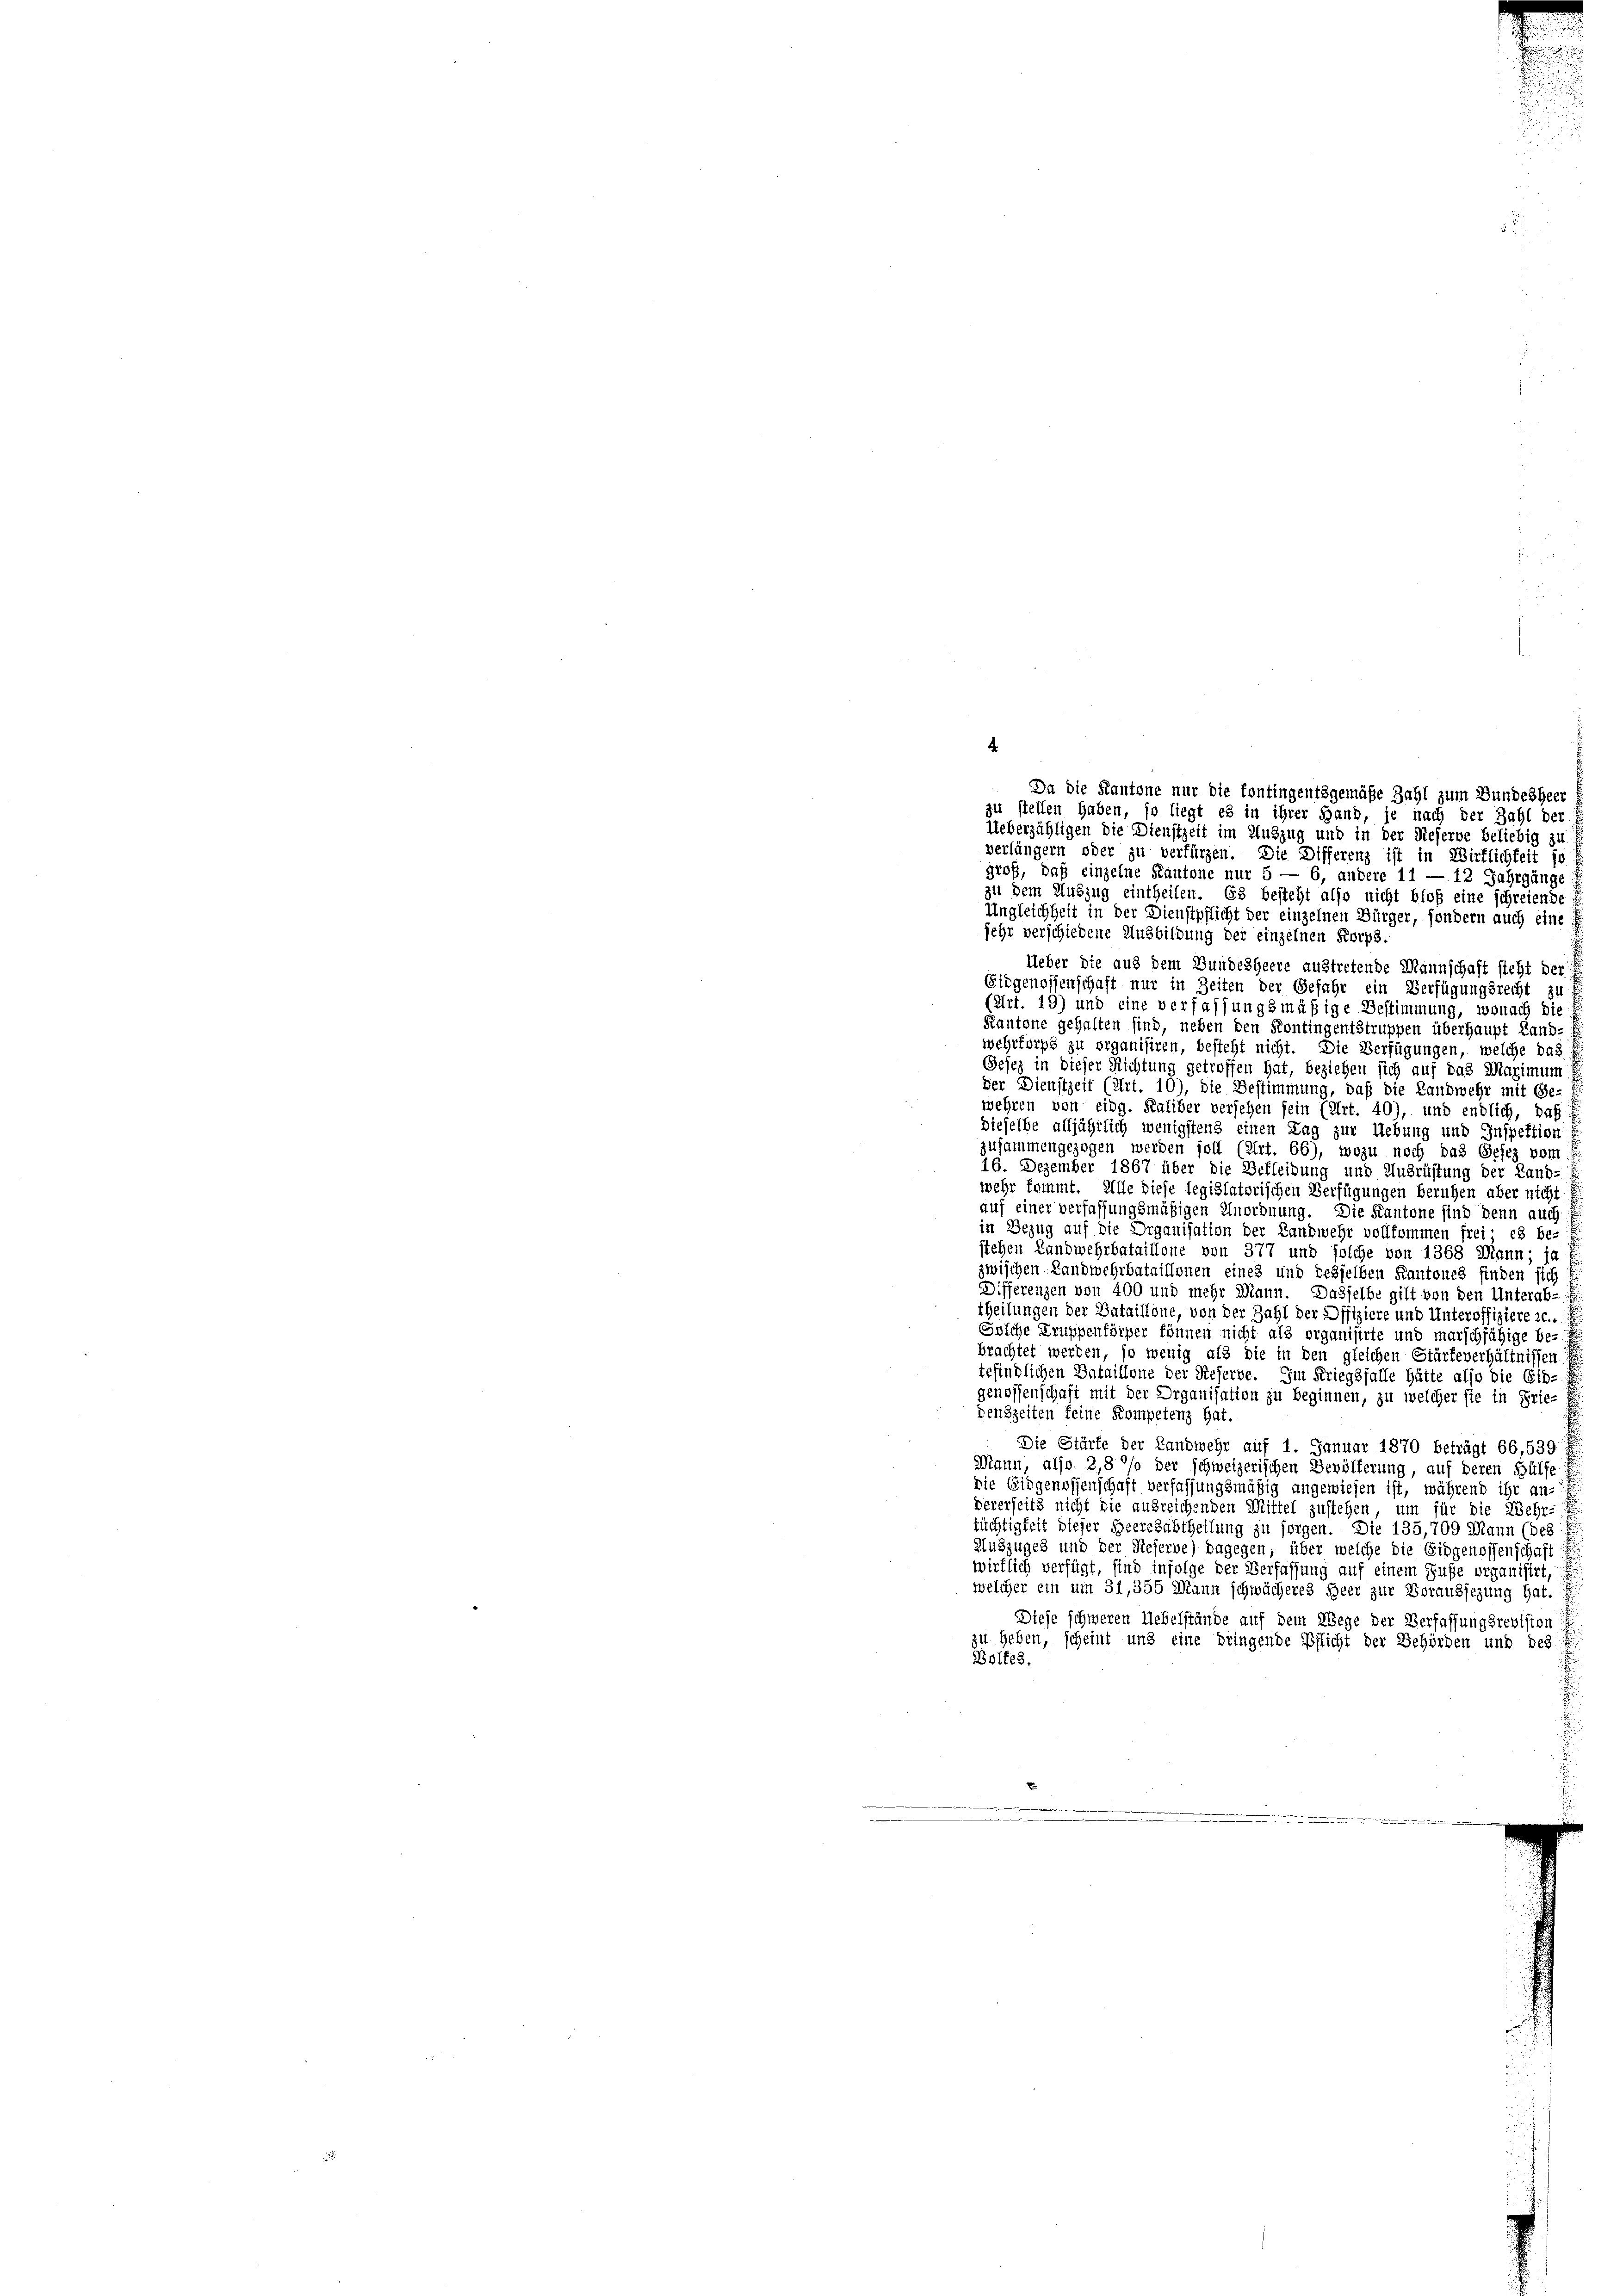
.

Da die Kantone nur die fontingentsgemäße Zahl zum Bundesheer
zu stellen haben, so liegt es in ihrer Hand, je nach der Zahl der
Ueberzähligen die Dienstzeit im Auszug und in der Reserve beliebig zu
verlängern oder zu verfürzen. Die Differenz ist in Wirklichkeit so
groß, daß einzelne Kantone nur 5 — 6, andere 11 — 12 Jahrgänge
zu dem Auszug eintheilen. Es besteht also nicht bloß eine schreiende
Ungleichheit in der Dienstpflicht der einzelnen Bürger, sondern auch eine
jehr verschiedene Ausbildung der einzelnen Korps.
Ueber die aus dem Bundesheere austretende Mannschaft steht der
Eidgenossenschaft nur in Zeiten der Gefahr ein Verfügungsrecht zu
(Art. 19) und eine verfassungsmäßige Bestimmung, wonach die
Kantone gehalten sind, neben den Kontingentstruppen überhaupt Land-
wehrforps zu organisiren, besteht nicht. Die Verfügungen, welche das
Gesez in dieser Richtung getroffen hat, beziehen sich auf das Maximum e
Der Dienstzeit (Art. 10), die Bestimmung, daß die Landwehr mit Ge-
wehren von eidg. Kaliber versehen sein (Art. 40), und endlich, daß
dieselbe alljährlich wenigstens einen Tag zur Uebung und Inspektion
zusammengezogen werden soll (Art. 66), wozu noch das Gesez vom
16. Dezember 1867 über die Befleibung und Ausrüstung der Land-
wehr kommt. Alle diese legislatorischen Verfügungen beruhen aber nicht
auf einer verfassungsmäßigen Anordnung. Die Kantone sind denn auch
in Bezug auf die Organisation der Landwehr vollkommen frei es be-
stehen Landwehrbataillone von 377 und solche von 1368 Mann; ja f
zwischen Landwehrbataillonen eines und desselben Kantones finden sich
Differenzen von 400 und mehr Mann. Dasselbe gilt von den Unterab-
theilungen der Bataillone, von der Zahl der Offiziere und Unteroffizieren.
Solche Truppenkörper können nicht als organisirte und marschfähige be-
brachtet werden, so wenig als die in den gleichen Stärteverhältnissen
tefindlichen Bataillone der Reserbe. Im Kriegsfalle hätte also die Eid-
genossenschaft mit der Organisation zu beginnen, zu welcher sie in Frie-
denszeiten keine Kompetenz hat.
Die Stürfe der Landwehr auf 1. Januar 1870 beträgt 66,539
Mann, also 2,8 %% der schweizerischen Bevölferung, auf deren Hülfe
Die Eidgenossenschaft verfassungsmäßig angewiesen ist, während ihr an-
dererseits nicht die ausreichenden Mittel zustehen, um für die Wehr-
tüchtigkeit dieser Beeresabtheilung zu sorgen. Die 135,709 Mann (des: I
Auszuges und der Reserve) dagegen, über welche die Eidgenossenschaft
wirklich verfügt, sind infolge der Verfassung auf einem Fuße organisirt, d
welcher ein um 31,355 Mann schwächeres Heer zur Voraussezung hat.
Diese schweren Uebelstände auf dem Wege der Verfassungsrevision
zu heben, scheint und eine dringende Pflicht der Behörden und des
Boltes.